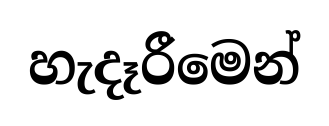
හැදෑරීමෙන්